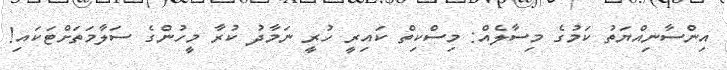
އިންސާނިއްޔަތު ކަމުގެ މިސާލެއް: މިސްކިތް ކައިރީ ހުރީ ނަމާދު ކުރާ މީހުންގެ ސަލާމަތަށްޓަކައި!